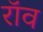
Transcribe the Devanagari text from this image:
रॉव